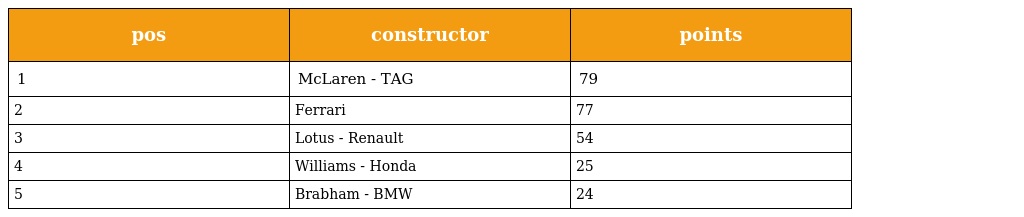
| pos | constructor | points |
 | --- | --- | --- |
 | 1 | McLaren - TAG | 79 |
 | 2 | Ferrari | 77 |
 | 3 | Lotus - Renault | 54 |
 | 4 | Williams - Honda | 25 |
 | 5 | Brabham - BMW | 24 |